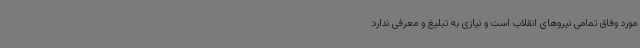
مورد وفاق تمامی نیروهای انقلاب است و نیازی به تبلیغ و معرفی ندارد